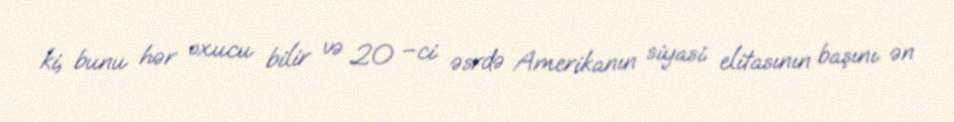
ki, bunu hər oxucu bilir və 20 –ci əsrdə Amerikanın siyasi elitasının başını ən